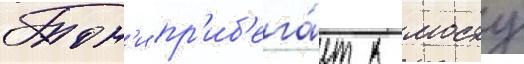
Тон'и пр'иб'ега́ет к мосту